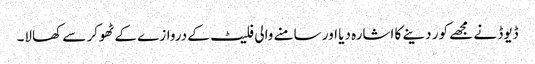
ڈیوڈ نے مجھے کور دینے کا اشارہ دیا اور سامنے والی فلیٹ کے دروازے کے ٹھوکر سے کھالا۔